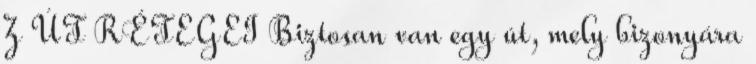
Z ÚT RÉTEGEI Biztosan van egy út, mely bizonyára